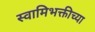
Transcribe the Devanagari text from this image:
स्वामिभक्तीच्या